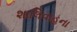
શાલિવાહના